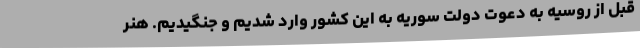
قبل از روسیه به دعوت دولت سوریه به این کشور وارد شدیم و جنگیدیم. هنر